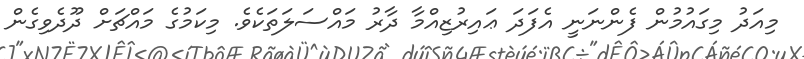
މިއަދު މިގައުމުން ފެންނަނީ އެފަދަ ޢައިރުޒިއްމާ ދާރު މައްސަލަތަކެވެ. މިކަމުގެ މައްޗަށް ދޫދެވިގެން